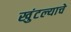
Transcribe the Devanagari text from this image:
खुंटल्याचे